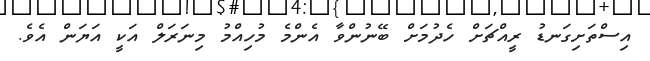
އިސްތަށިގަނޑު ރީއްޗަށް ހެދުމަށް ބޭނުންވާ އެންމެ މުހިއްމު މިނަރަލް އަކީ އަޔަން އެވެ.